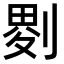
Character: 𠞅